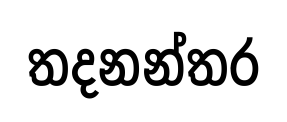
තදනන්තර